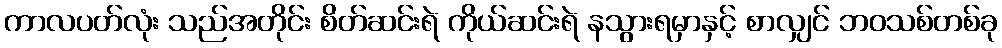
ကာလပတ်လုံး သည်အတိုင်း စိတ်ဆင်းရဲ ကိုယ်ဆင်းရဲ နသွားရမှာနှင့် စာလျှင် ဘဝသစ်တစ်ခု